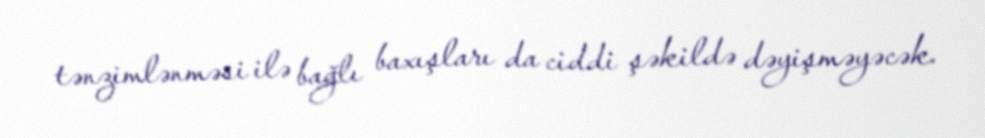
tənzimlənməsi ilə bağlı baxışları da ciddi şəkildə dəyişməyəcək.